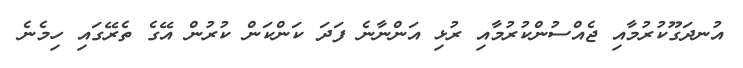
އުނދަގޫކުރުމާއި ޖެއްސުންކުރުމާއި ރުޅި އަންނާނެ ފަދަ ކަންކަން ކުރުން އޭގެ ތެރޭގައި ހިމެނެ